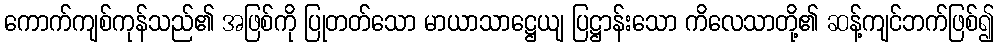
ကောက်ကျစ်ကုန်သည်၏ အဖြစ်ကို ပြုတတ်သော မာယာသာဋ္ဌေယျ ပြဋ္ဌာန်းသော ကိလေသာတို့၏ ဆန့်ကျင်ဘက်ဖြစ်၍